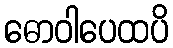
ဓောဝါပေထပိ